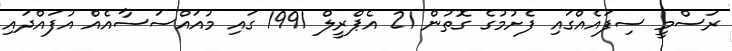
ރަސްމީ ސިފައެއްގައި ފެށުމުގެ ގޮތުން 21 އެޕްރީލް 1991 ގައި މުއައްސަސާއެއް އުފައްދައި